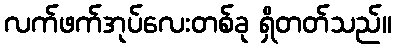
လက်ဖက်အုပ်လေးတစ်ခု ရှိတတ်သည်။